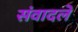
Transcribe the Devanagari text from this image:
संवादले